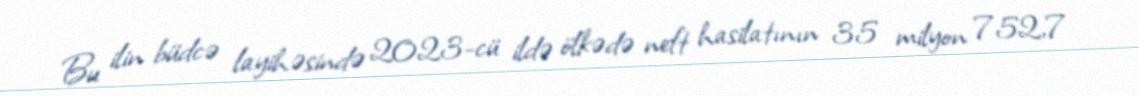
Bu ilin büdcə layihəsində 2023-cü ildə ölkədə neft hasilatının 35 milyon 752,7